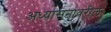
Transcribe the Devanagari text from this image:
अध्यासनावरील